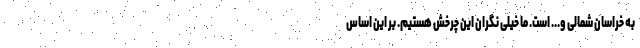
به خراسان شمالی و... است. ما خیلی نگران این چرخش هستیم. بر این اساس